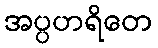
အပ္ပဟရိတေ